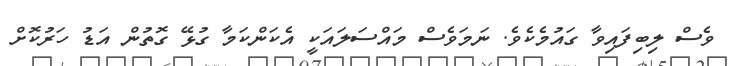
ވެސް ލިބިފައިވާ ގައުމެކެވެ. ނަމަވެސް މައްސަލައަކީ އެކަންކަމާ ގުޅޭ ގޮތުން އަޑު ހަރުކޮށް